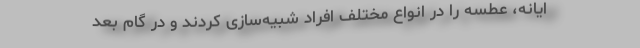
ایانه، عطسه را در انواع مختلف افراد شبیه‌سازی کردند و در گام بعد